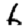
Digit: 6